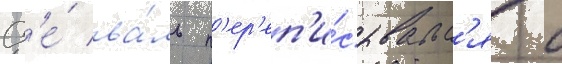
Д'е́ ва́ль п'ер'еп'и́сывалс'я с